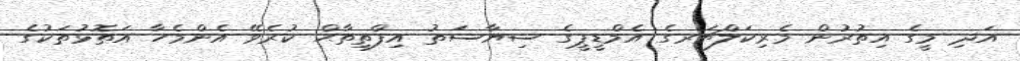
އަދި މީގެ އިތުރުން މެރިކަލްޗަރގެ އެމްޑީޕީގެ ސިޔާސަތު އިފްތިތާޙް ކުރެވޭ އެންމެހާ އަތޮޅުތަކުގެ